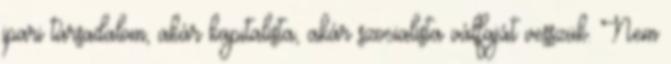
ipari társadalom, akár kapitalista, akár szocialista válfaját vesszük. Nem